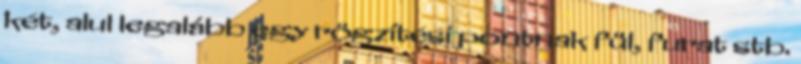
két, alul legalább egy rögzítési pontnak fül, furat stb.